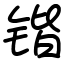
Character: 锴